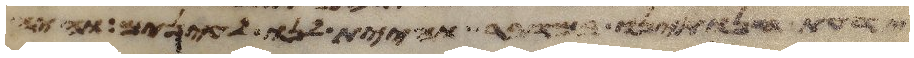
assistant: ידעת חנתינו במדבר והיית לנו לעינים והיה